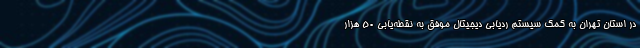
در استان تهران به کمک سیستم ردیابی دیجیتال موفق به نقطه‌یابی ۵۰ هزار